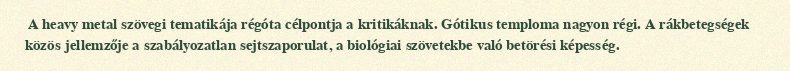
A heavy metal szövegi tematikája régóta célpontja a kritikáknak. Gótikus temploma nagyon régi. A rákbetegségek közös jellemzője a szabályozatlan sejtszaporulat, a biológiai szövetekbe való betörési képesség.